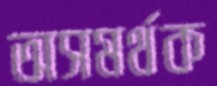
অসমর্থক